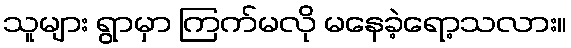
သူများ ရွာမှာ ကြက်မလို မနေခဲ့ရော့သလား။